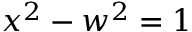
x ^ { 2 } - w ^ { 2 } = 1